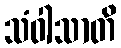
သံဝါသာတိ